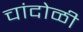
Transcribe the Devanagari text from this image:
चांदोळी